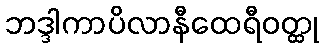
ဘဒ္ဒါကာပိလာနီထေရီဝတ္ထု